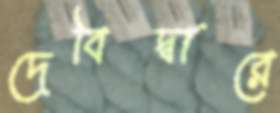
দেবিদ্বারে